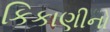
કિકાણીનો